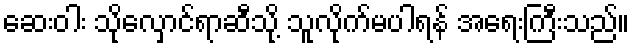
ဆေးဝါး သိုလှောင်ရာဆီသို့ သူလိုက်မပါရန် အရေးကြီးသည်။